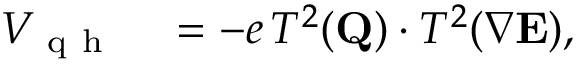
\begin{array} { r l } { V _ { \mathrm { ~ q ~ h ~ } } } & { { } = - e \, T ^ { 2 } ( { \bf Q } ) \cdot T ^ { 2 } ( \nabla { \bf E } ) , } \end{array}